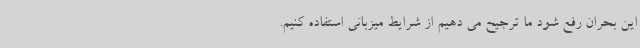
این بحران رفع شود ما ترجیح می دهیم از شرایط میزبانی استفاده کنیم.